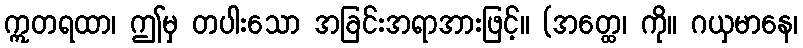
ဣတရထာ၊ ဤမှ တပါးသော အခြင်းအရာအားဖြင့်။ (အတ္ထေ၊ ကို။ ဂယှမာနေ၊